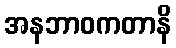
အနဘာဝကတာနိ